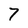
Character: 7